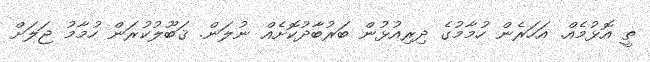
ތީ އޮޅުމެއް. އަހަރެން ހުމާމުގެ ދިރިއުޅުން ބަރުބާދުކޮށެއް ނުލަން. ޤަބޫލުކުރަން ހުމާމު ޖަލަށް